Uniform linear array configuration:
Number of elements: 16
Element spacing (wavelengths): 1
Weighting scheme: binomial
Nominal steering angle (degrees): -30
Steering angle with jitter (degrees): -28.483
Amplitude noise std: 0.05
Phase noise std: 0.05

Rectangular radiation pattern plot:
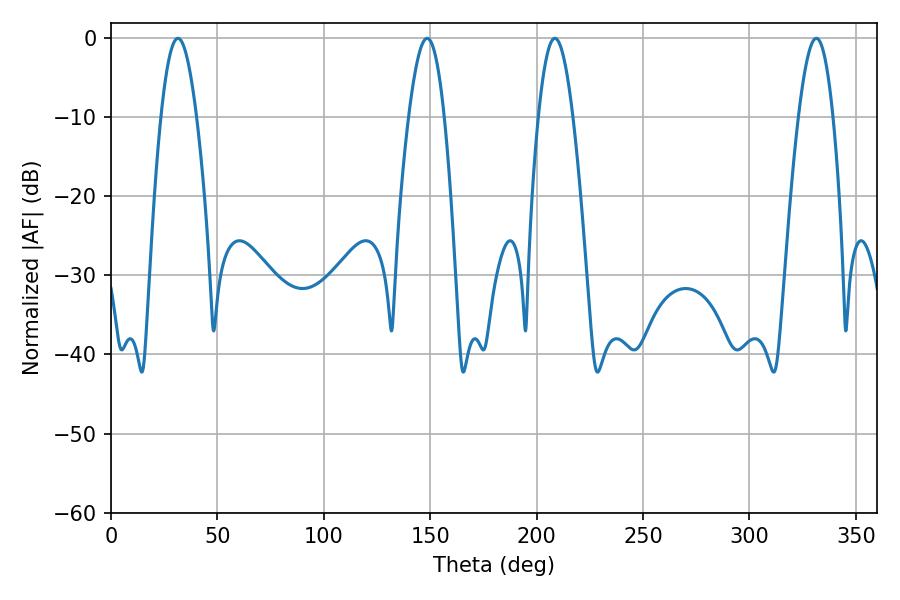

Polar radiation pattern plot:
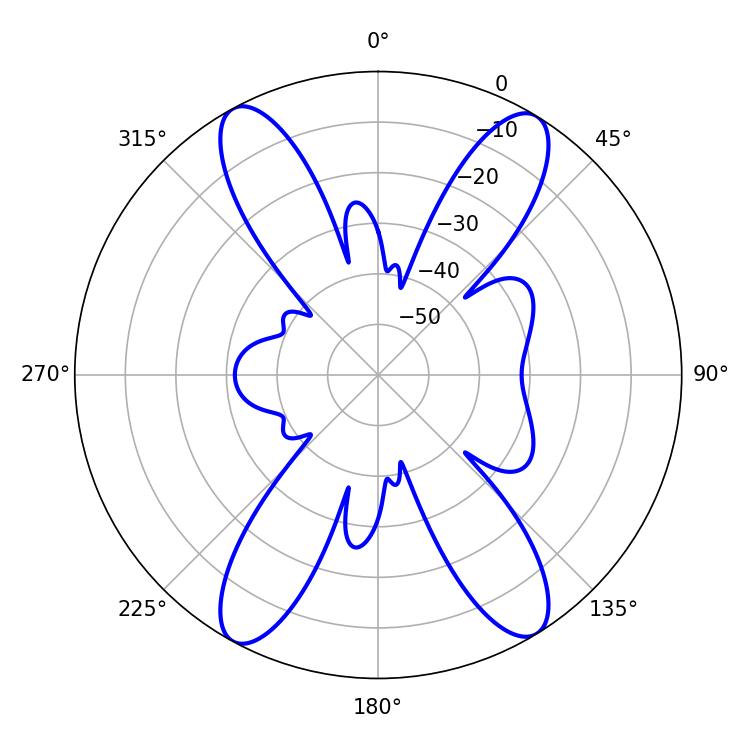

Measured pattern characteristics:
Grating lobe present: TRUE
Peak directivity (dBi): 19.749
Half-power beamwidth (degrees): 9.18
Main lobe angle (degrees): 31.5